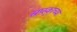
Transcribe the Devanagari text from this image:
स्रप्स्काच्या